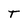
Character: T